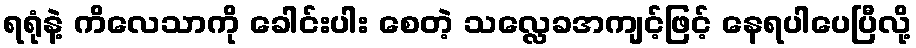
ရရုံနဲ့ ကိလေသာကို ခေါင်းပါး စေတဲ့ သလ္လေခအကျင့်ဖြင့် နေရပါပေပြီလို့